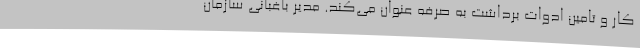
کار و تامین ادوات برداشت به صرفه عنوان می‌کند. مدیر باغبانی سازمان